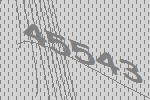
45543